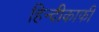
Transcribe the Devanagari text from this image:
हिन्दीकाफी